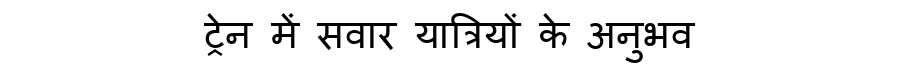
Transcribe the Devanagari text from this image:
ट्रेन में सवार यात्रियों के अनुभव